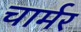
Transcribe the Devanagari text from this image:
चार्मर